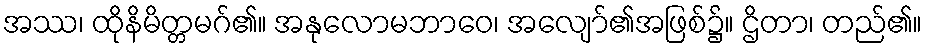
အဿ၊ ထိုနိမိတ္တမဂ်၏။ အနုလောမဘာဝေ၊ အလျော်၏အဖြစ်၌။ ဌိတာ၊ တည်၏။